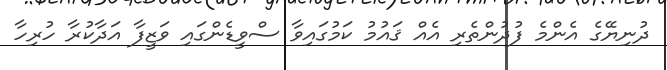
ދުނިޔޭގެ އެންމެ ފުދުންތެރި އެއް ޤައުމު ކަމުގައިވާ ސްވީޑެންގައި ވަޒީފާ އަދާކުރާ ހުރިހާ